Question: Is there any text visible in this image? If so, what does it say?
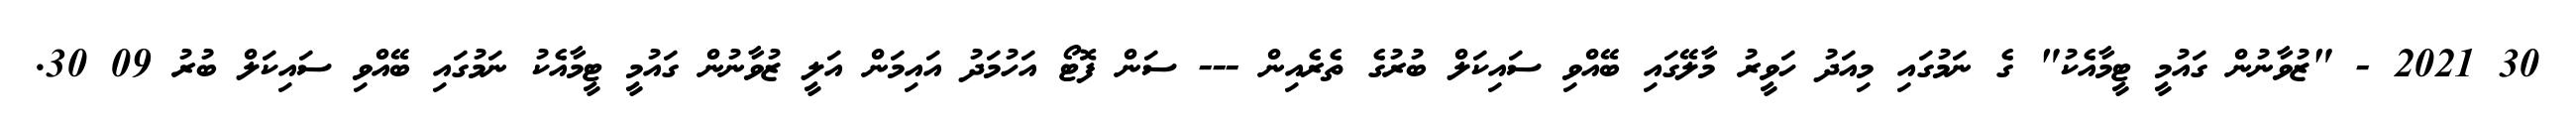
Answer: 30 2021 - "ޒުވާނުން ގައުމީ ޓީމާއެކު" ގެ ނަމުގައި މިއަދު ހަވީރު މާލޭގައި ބޭއްވި ސައިކަލް ބުރުގެ ތެރެއިން --- ސަން ފޮޓޯ އަހުމަދު އައިމަން އަލީ ޒުވާނުން ގައުމީ ޓީމާއެކު ނަމުގައި ބޭއްވި ސައިކަލް ބުރު 09 30.